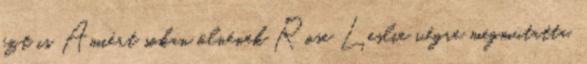
ezt is Amiért sokan ölnének Rose Leslie végre megmutatta,